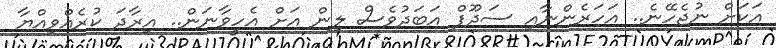
އަކަށް ނުޖެހޭނެ.. އަހަރެންނާއި ސަދޫފް އަބަދުވެސް ލިން އަށް އެހީވާނަން.. އިރާދަ ކުރެއްވިއްޔާ